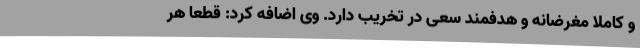
و کاملا مغرضانه و هدفمند سعی در تخریب دارد. وی اضافه کرد: قطعا هر